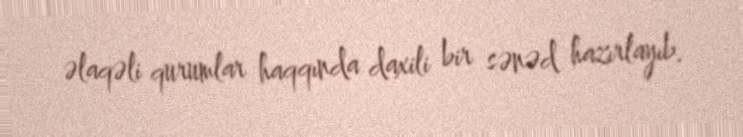
əlaqəli qurumlar haqqında daxili bir sənəd hazırlayıb.